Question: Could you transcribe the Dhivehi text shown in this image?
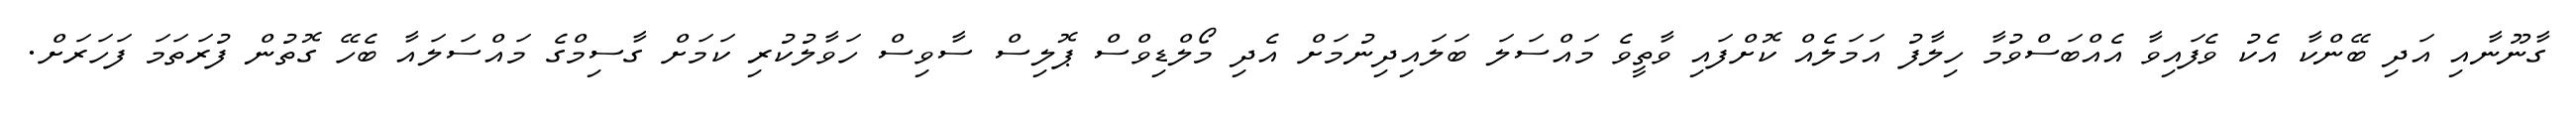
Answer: ގާނޫނާއި އަދި ބޭންކާ އެކު ވެފައިވާ އެއްބަސްވުމާ ހިލާފު އަމަލެއް ކޮށްފައި ވާތީވެ މައްސަލަ ބަލައިދިނުމަށް އެދި މޯލްޑިވްސް ޕޮލިސް ސާވިސް ހަވާލުކުރި ކަމަށް ގާސިމްގެ މައްސަލައާ ބެހޭ ގޮތުން ފުރަތަމަ ފަހަރަށް.